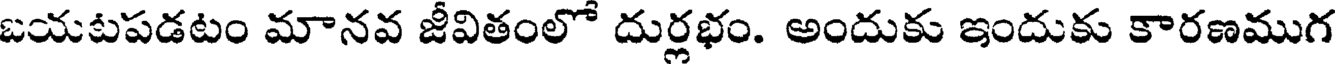
బయటపడటం మానవ జీవితంలో దుర్లభం. అందుకు ఇందుకు కారణముగ